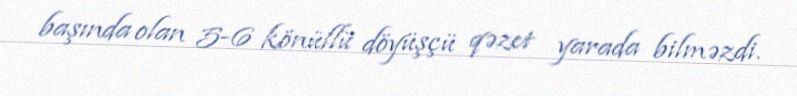
başında olan 5-6 könüllü döyüşçü qəzet yarada bilməzdi.